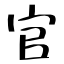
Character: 官